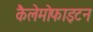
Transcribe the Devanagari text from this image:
कैलेमोफाइटन